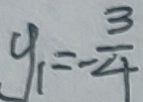
y _ { 1 } = - \frac { 3 } { 4 }